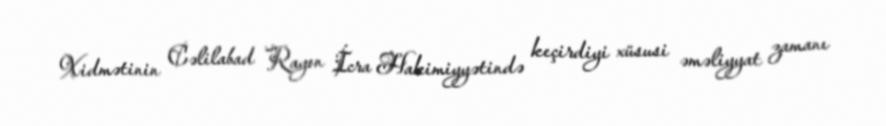
Xidmətinin Cəlilabad Rayon İcra Hakimiyyətində keçirdiyi xüsusi əməliyyat zamanı